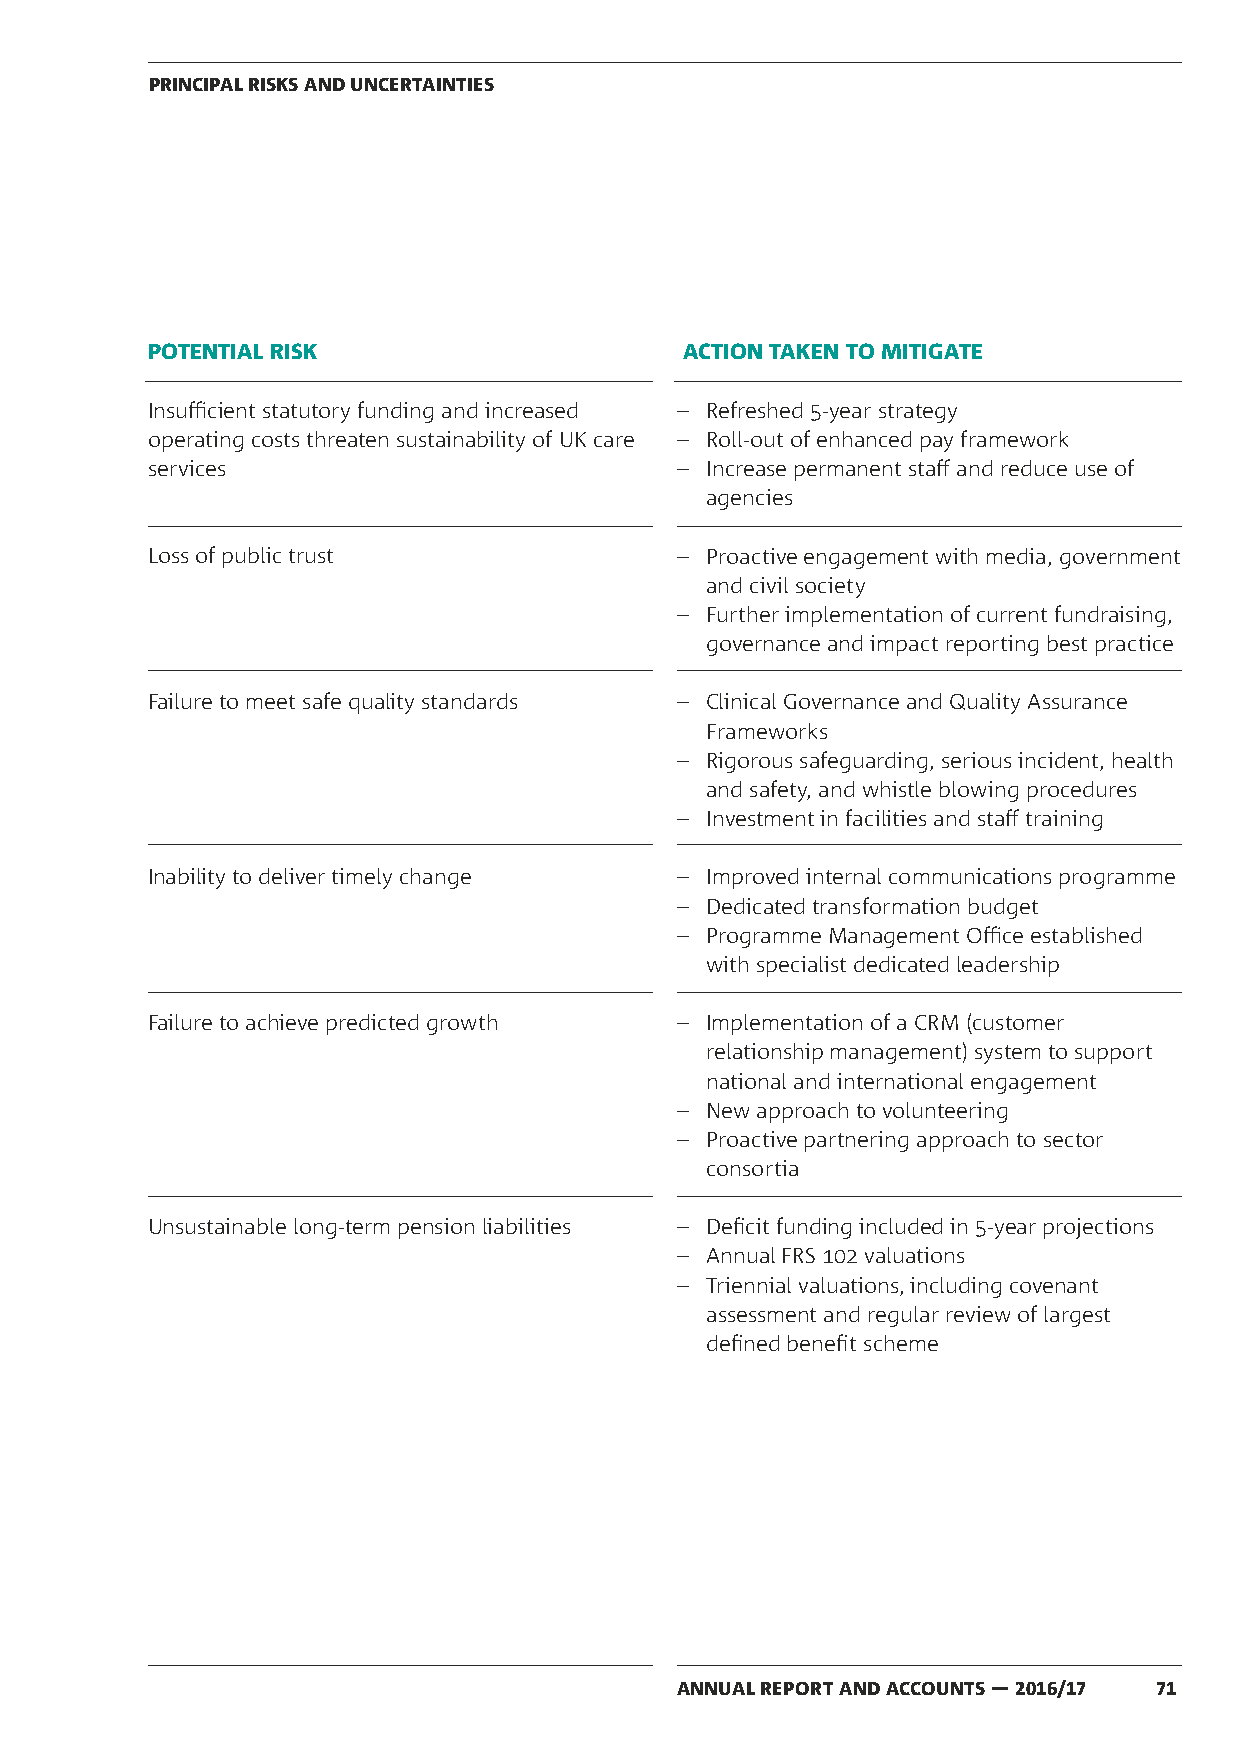
PRINCIPAL RISKS AND UNCERTAINTIES
 POTENTIAL RISK                     ACTION TAKEN TO MITIGATE
 Insufficient statutory funding and increased – Refreshed 5-year strategy
 operating costs threaten sustainability of UK care – Roll-out of enhanced pay framework
 services                           – Increase permanent staff and reduce use of
 agencies
 Loss of public trust               – Proactive engagement with media, government
 and civil society
 – Further implementation of current fundraising,
 governance and impact reporting best practice
 Failure to meet safe quality standards – Clinical Governance and Quality Assurance
 Frameworks
 – Rigorous safeguarding, serious incident, health
 and safety, and whistle blowing procedures
 – Investment in facilities and staff training
 Inability to deliver timely change – Improved internal communications programme
 – Dedicated transformation budget
 – Programme Management Office established
 with specialist dedicated leadership
 Failure to achieve predicted growth – Implementation of a CRM (customer
 relationship management) system to support
 national and international engagement
 – New approach to volunteering
 – Proactive partnering approach to sector
 consortia
 Unsustainable long-term pension liabilities – Deficit funding included in 5-year projections
 – Annual FRS 102 valuations
 – Triennial valuations, including covenant
 assessment and regular review of largest
 defined benefit scheme
 ANNUAL REPORT AND ACCOUNTS — 2016/17 71